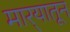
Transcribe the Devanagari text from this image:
मार्‍यातून